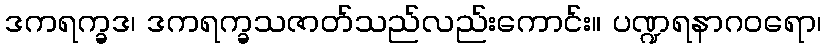
ဒကရက္ခဒ၊ ဒကရက္ခသဇာတ်သည်လည်းကောင်း။ ပဏ္ဍရနာဂဝရော၊